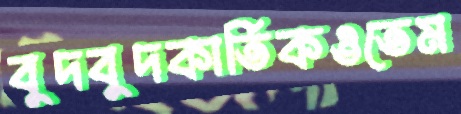
বুদবুদকার্তিকওতেম